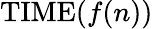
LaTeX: \mathrm{TIME}(f(n))